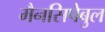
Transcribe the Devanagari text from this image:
मैनसिपेबुल